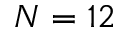
N = 1 2